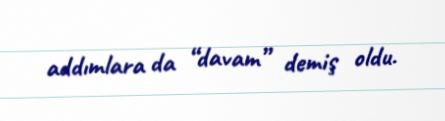
addımlara da “davam” demiş oldu.